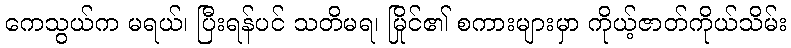
ကေသွယ်က မရယ်၊ ပြီးရန်ပင် သတိမရ၊ မြိုင်၏ စကားများမှာ ကိုယ့်ဇာတ်ကိုယ်သိမ်း